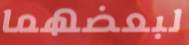
لبعضهما